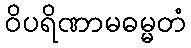
ဝိပရိဏာမဓမ္မတံ